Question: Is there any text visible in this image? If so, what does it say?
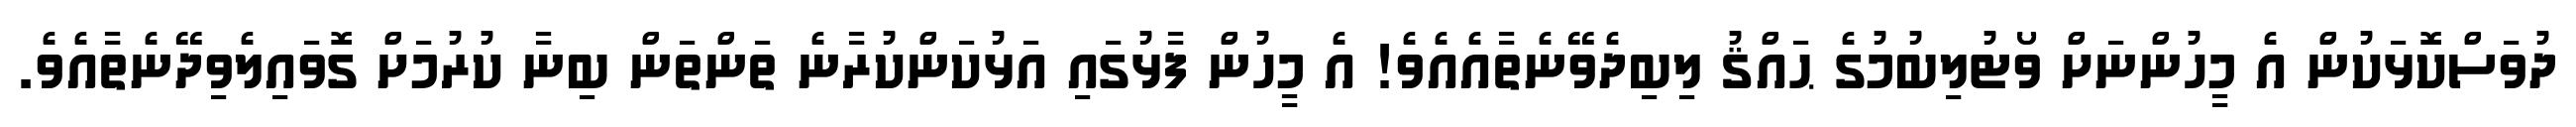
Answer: ދުވަސްކޮޅަކުން އެ މީހުންނަށް ވޯޓުލިބުމުގެ ޙައްޤު ލިބިދެވޭނެތާއެއެވެ! އެ މީހުން ފާޅުގައި އަޅުކަންކުރާނެ ތަންތަން ބިނާ ކުރުމަށް ގޮވައިލެވިދޭނެތާއެވެ.